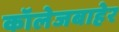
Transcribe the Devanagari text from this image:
कॉलेजबाहेर